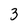
Character: 3